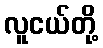
လူငယ်တို့